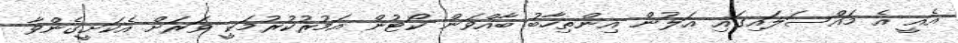
އެއީ އެ މައްސަލައިގައި އަލުން އިންތިހާބު ބާއްވަން ކޯޓުން އަމުރުކުރުމަކީ ވަރަށް އެކަށީގެންވާ